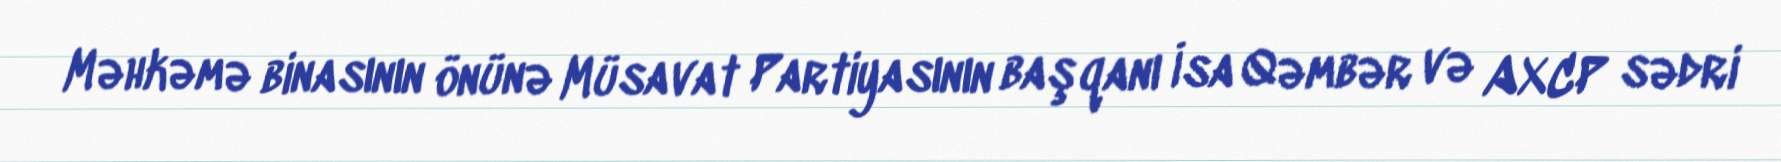
Məhkəmə binasının önünə Müsavat Partiyasının başqanı İsa Qəmbər və AXCP sədri